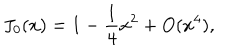
J _ { 0 } ( x ) = 1 - \frac { 1 } { 4 } x ^ { 2 } + O ( x ^ { 4 } ) ,